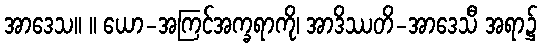
အာဒေသ။ ။ ယော-အကြင်အက္ခရာကို၊ အာဒိဿတိ-အာဒေသီ အရာ၌